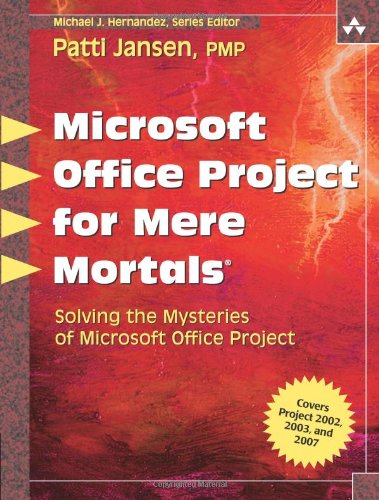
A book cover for Microsoft Office Project for Mere Mortals: Solving the Mysteries of Microsoft Office Project; Patti Jansen PMP; Computers & Technology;